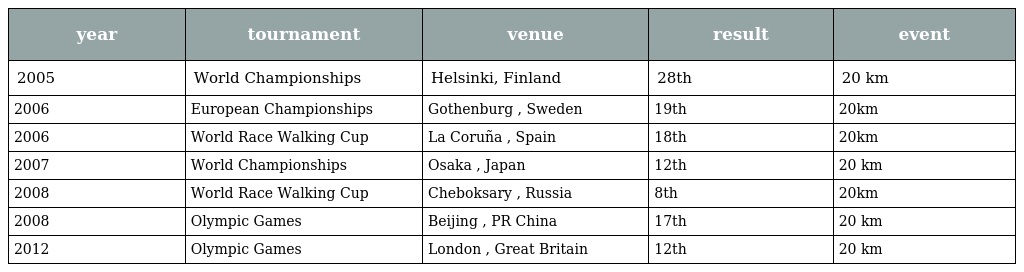
| year | tournament | venue | result | event |
 | --- | --- | --- | --- | --- |
 | 2005 | World Championships | Helsinki, Finland | 28th | 20 km |
 | 2006 | European Championships | Gothenburg , Sweden | 19th | 20km |
 | 2006 | World Race Walking Cup | La Coruña , Spain | 18th | 20km |
 | 2007 | World Championships | Osaka , Japan | 12th | 20 km |
 | 2008 | World Race Walking Cup | Cheboksary , Russia | 8th | 20km |
 | 2008 | Olympic Games | Beijing , PR China | 17th | 20 km |
 | 2012 | Olympic Games | London , Great Britain | 12th | 20 km |